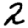
Digit: 2